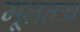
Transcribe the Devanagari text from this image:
मूलतःच